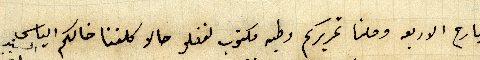
البارح الاربعه وصلنا تحريركم وطيه مكتوب لفضلو حالا كلفنا خالكم الياس السند